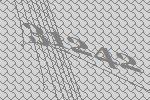
31242